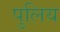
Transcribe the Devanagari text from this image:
पुलिय